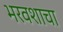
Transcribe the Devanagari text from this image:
भरवशाचा